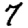
Digit: 7